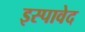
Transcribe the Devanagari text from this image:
इस्पावेद